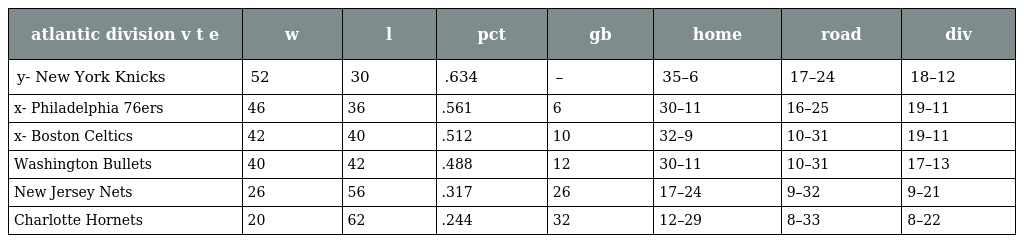
| atlantic division v t e | w | l | pct | gb | home | road | div |
 | --- | --- | --- | --- | --- | --- | --- | --- |
 | y- New York Knicks | 52 | 30 | .634 | – | 35–6 | 17–24 | 18–12 |
 | x- Philadelphia 76ers | 46 | 36 | .561 | 6 | 30–11 | 16–25 | 19–11 |
 | x- Boston Celtics | 42 | 40 | .512 | 10 | 32–9 | 10–31 | 19–11 |
 | Washington Bullets | 40 | 42 | .488 | 12 | 30–11 | 10–31 | 17–13 |
 | New Jersey Nets | 26 | 56 | .317 | 26 | 17–24 | 9–32 | 9–21 |
 | Charlotte Hornets | 20 | 62 | .244 | 32 | 12–29 | 8–33 | 8–22 |